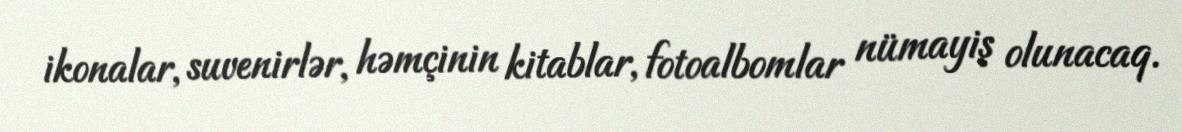
ikonalar, suvenirlər, həmçinin kitablar, fotoalbomlar nümayiş olunacaq.